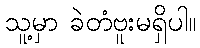
သူ့မှာ ခဲတံဗူးမရှိပါ။